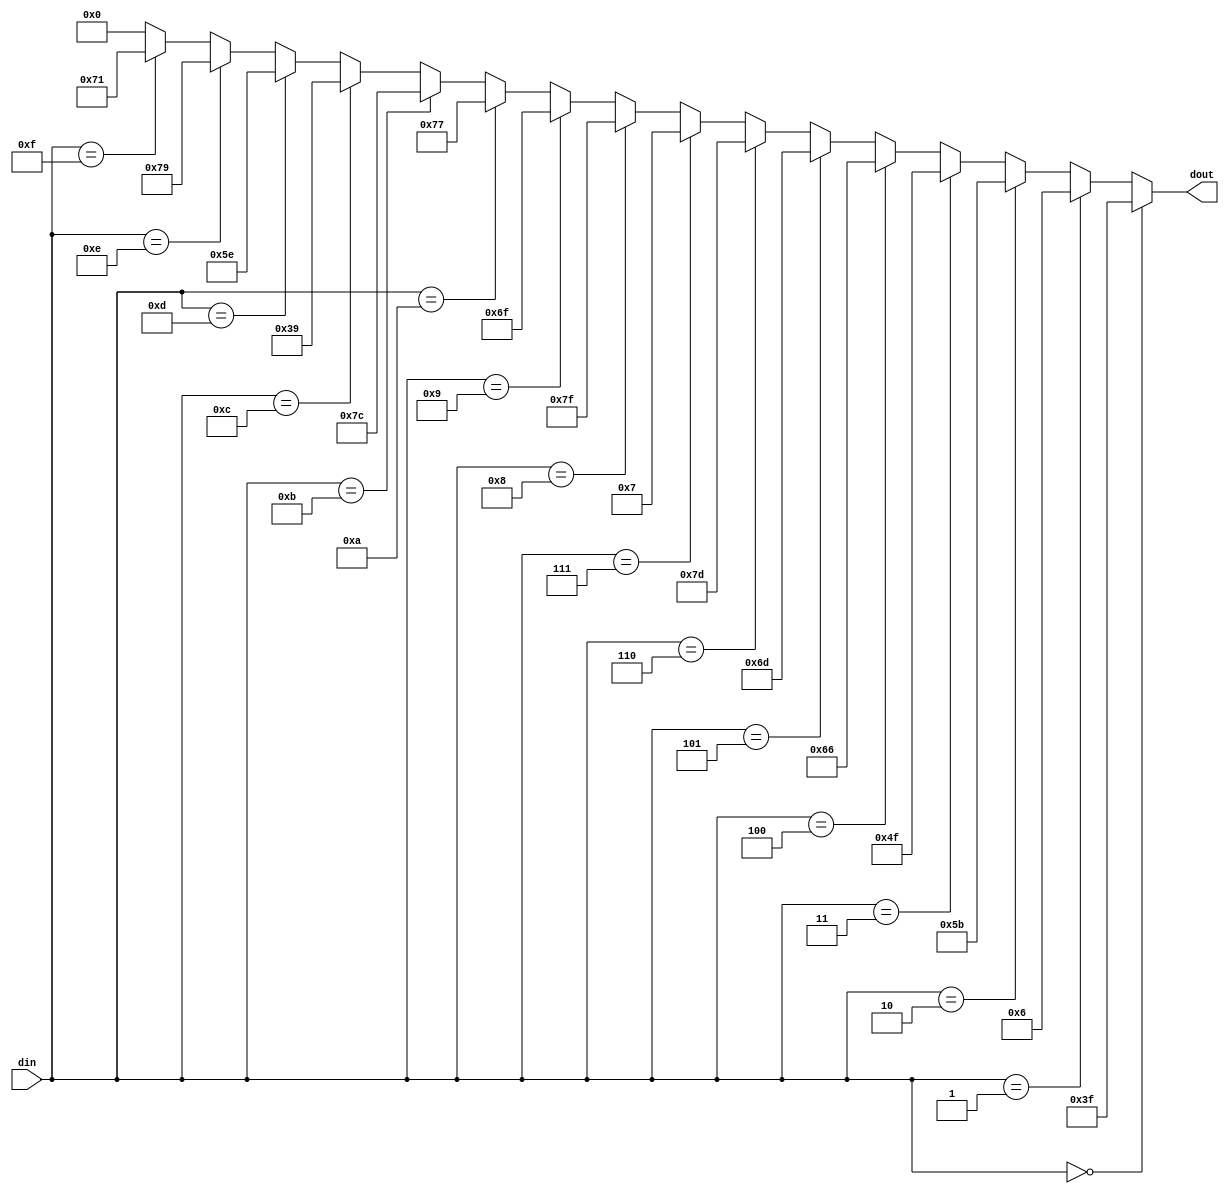
`timescale 1ns/1ps
module BCD7(
	din,
	dout
);
input 	[3:0]	din;
output 	[6:0] 	dout;

wire [6:0] dout;

assign	dout=(din==4'h0)?7'b0111111:
             (din==4'h1)?7'b0000110:
             (din==4'h2)?7'b1011011:
             (din==4'h3)?7'b1001111:
             (din==4'h4)?7'b1100110:
             (din==4'h5)?7'b1101101:
             (din==4'h6)?7'b1111101:
             (din==4'h7)?7'b0000111:
             (din==4'h8)?7'b1111111:
             (din==4'h9)?7'b1101111:
             (din==4'ha)?7'b1110111:
             (din==4'hb)?7'b1111100:
             (din==4'hc)?7'b0111001:
             (din==4'hd)?7'b1011110:
             (din==4'he)?7'b1111001:
             (din==4'hf)?7'b1110001:7'b0000000;
endmodule